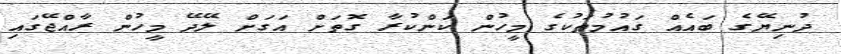
ދުނިޔޭގެ ބައެއް ގައުމުތަކުގެ މީހުން ކަންކުރާ ގޮތަށް އަގަށް ލޭދޭ މީހުން ރާއްޖޭގައި